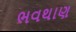
ભવથાણ